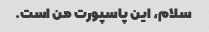
سلام، این پاسپورت من است.